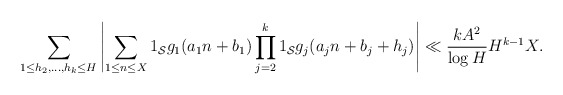
\begin{align*} \sum_{1 \leq h_2,\dots,h_k \leq H} \left|\sum_{1 \leq n \leq X} 1_{\mathcal S} g_1(a_1 n + b_1) \prod_{j=2}^k 1_{\mathcal S} g_j(a_j n + b_j + h_j)\right| \ll \frac{kA^2}{\log H} H^{k-1} X.\end{align*}